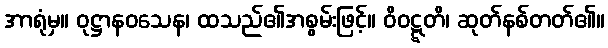
အာရုံမှ။ ဝုဋ္ဌာနဝသေန၊ ထသည်၏အစွမ်းဖြင့်။ ဝိဝဋ္ဋတိ၊ ဆုတ်နစ်တတ်၏။